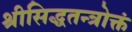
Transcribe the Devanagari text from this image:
श्रीसिद्धतन्त्रोक्तं